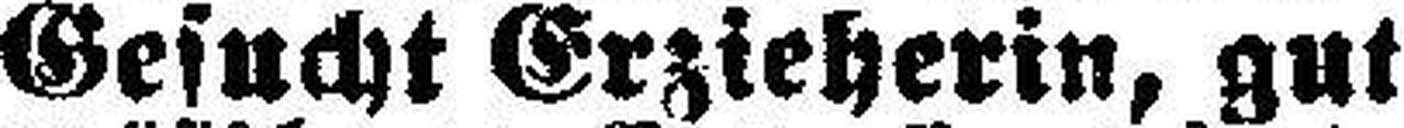
Gesucht Erzieherin, gut